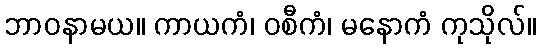
ဘာဝနာမယ။ ကာယကံ၊ ဝစီကံ၊ မနောကံ ကုသိုလ်။